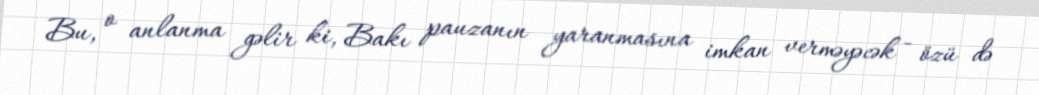
Bu, o anlanma gəlir ki, Bakı pauzanın yaranmasına imkan verməyəcək - özü də